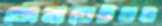
জেনারেটরও